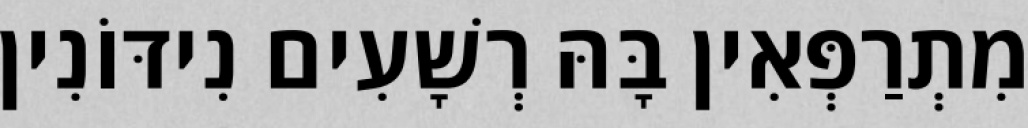
מִתְרַפְּאִין בָּהּ רְשָׁעִים נִידּוֹנִין